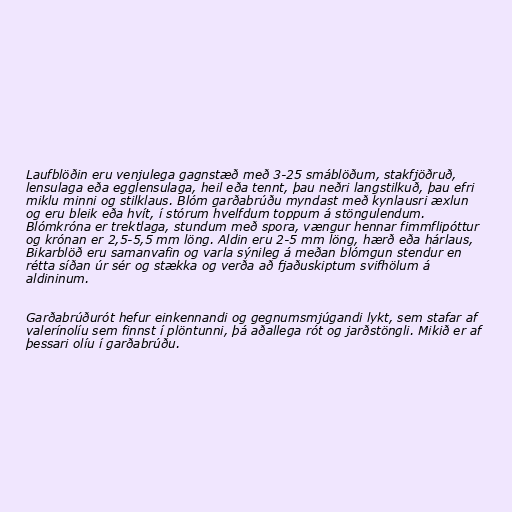
Laufblöðin eru venjulega gagnstæð með 3-25 smáblöðum, stakfjöðruð,
lensulaga eða egglensulaga, heil eða tennt, þau neðri langstilkuð, þau efri
miklu minni og stilklaus. Blóm garðabrúðu myndast með kynlausri æxlun
og eru bleik eða hvít, í stórum hvelfdum toppum á stöngulendum.
Blómkróna er trektlaga, stundum með spora, vængur hennar fimmflipóttur
og krónan er 2,5-5,5 mm löng. Aldin eru 2-5 mm löng, hærð eða hárlaus,
Bikarblöð eru samanvafin og varla sýnileg á meðan blómgun stendur en
rétta síðan úr sér og stækka og verða að fjaðuskiptum svifhölum á
aldininum.

Garðabrúðurót hefur einkennandi og gegnumsmjúgandi lykt, sem stafar af
valerínolíu sem finnst í plöntunni, þá aðallega rót og jarðstöngli. Mikið er af
þessari olíu í garðabrúðu.